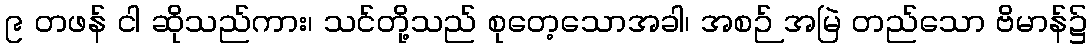
၉ တဖန် ငါ ဆိုသည်ကား၊ သင်တို့သည် စုတေ့သောအခါ၊ အစဉ် အမြဲ တည်သော ဗိမာန်၌